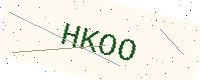
Text: HKOO